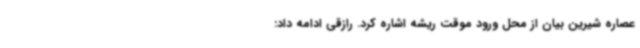
عصاره شیرین بیان از محل ورود موقت ریشه اشاره کرد. رازقی ادامه داد: